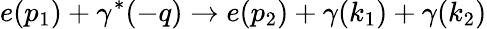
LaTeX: e(p_{1})+\gamma^{*}(-q)\to e(p_{2})+\gamma(k_{1})+\gamma(k_{2})